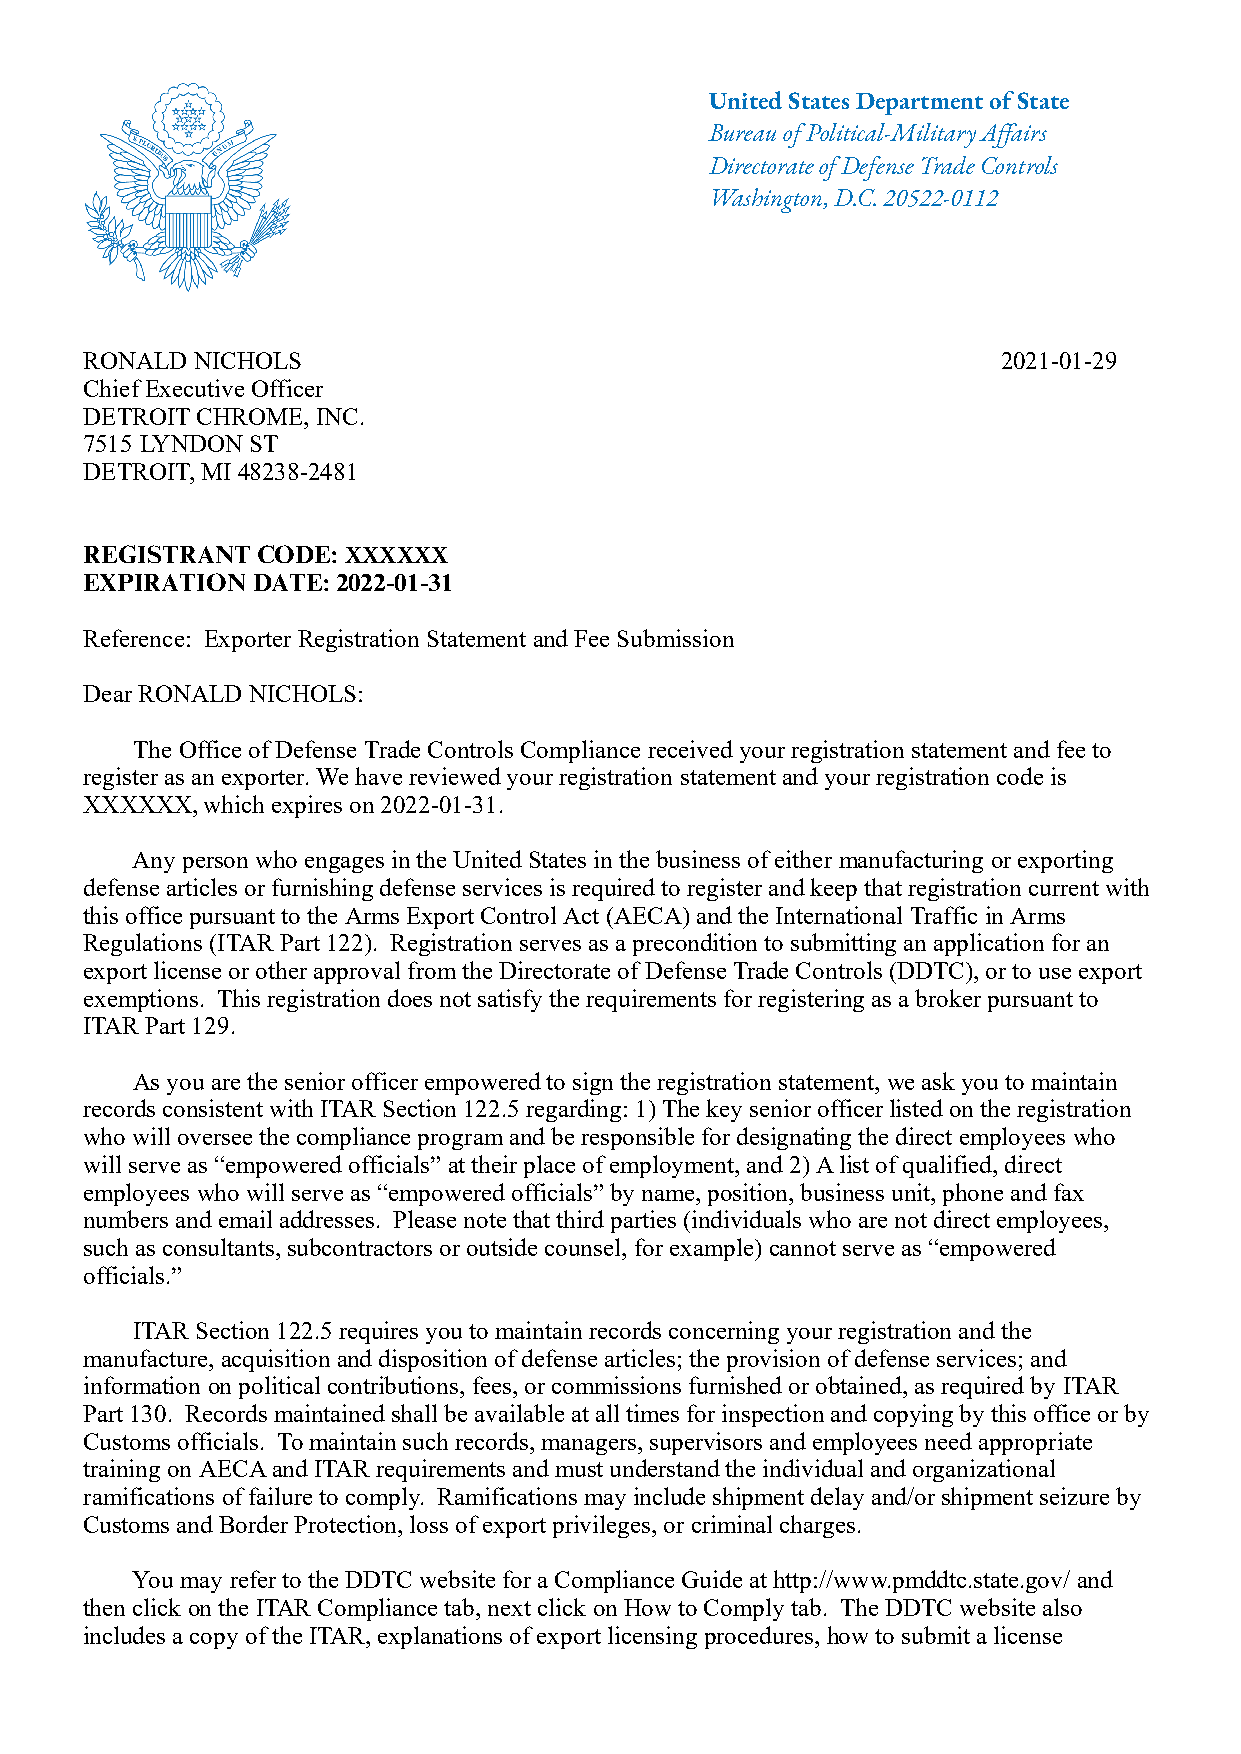
United States Department of State
 Bureau of Political-Military Affairs
 Directorate of Defense Trade Controls
 Washington, D.C. 20522-0112
 RONALD NICHOLS                                              2021-01-29
 Chief Executive Officer
 DETROIT CHROME, INC.
 7515 LYNDON ST
 DETROIT, MI 48238-2481
 REGISTRANT CODE: XXXXXX
 EXPIRATION DATE: 2022-01-31
 Reference: Exporter Registration Statement and Fee Submission
 Dear RONALD NICHOLS:
 The Office of Defense Trade Controls Compliance received your registration statement and fee to
 register as an exporter. We have reviewed your registration statement and your registration code is
 XXXXXX, which expires on 2022-01-31.
 Any person who engages in the United States in the business of either manufacturing or exporting
 defense articles or furnishing defense services is required to register and keep that registration current with
 this office pursuant to the Arms Export Control Act (AECA) and the International Traffic in Arms
 Regulations (ITAR Part 122). Registration serves as a precondition to submitting an application for an
 export license or other approval from the Directorate of Defense Trade Controls (DDTC), or to use export
 exemptions. This registration does not satisfy the requirements for registering as a broker pursuant to
 ITAR Part 129.
 As you are the senior officer empowered to sign the registration statement, we ask you to maintain
 records consistent with ITAR Section 122.5 regarding: 1) The key senior officer listed on the registration
 who will oversee the compliance program and be responsible for designating the direct employees who
 will serve as “empowered officials” at their place of employment, and 2) A list of qualified, direct
 employees who will serve as “empowered officials” by name, position, business unit, phone and fax
 numbers and email addresses. Please note that third parties (individuals who are not direct employees,
 such as consultants, subcontractors or outside counsel, for example) cannot serve as “empowered
 officials.”
 ITAR Section 122.5 requires you to maintain records concerning your registration and the
 manufacture, acquisition and disposition of defense articles; the provision of defense services; and
 information on political contributions, fees, or commissions furnished or obtained, as required by ITAR
 Part 130. Records maintained shall be available at all times for inspection and copying by this office or by
 Customs officials. To maintain such records, managers, supervisors and employees need appropriate
 training on AECA and ITAR requirements and must understand the individual and organizational
 ramifications of failure to comply. Ramifications may include shipment delay and/or shipment seizure by
 Customs and Border Protection, loss of export privileges, or criminal charges.
 You may refer to the DDTC website for a Compliance Guide at http://www.pmddtc.state.gov/ and
 then click on the ITAR Compliance tab, next click on How to Comply tab. The DDTC website also
 includes a copy of the ITAR, explanations of export licensing procedures, how to submit a license